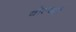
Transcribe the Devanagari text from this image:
वोल्वसे